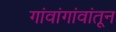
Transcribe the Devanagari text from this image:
गांवांगांवांतून